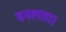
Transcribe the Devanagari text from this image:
वनलता।